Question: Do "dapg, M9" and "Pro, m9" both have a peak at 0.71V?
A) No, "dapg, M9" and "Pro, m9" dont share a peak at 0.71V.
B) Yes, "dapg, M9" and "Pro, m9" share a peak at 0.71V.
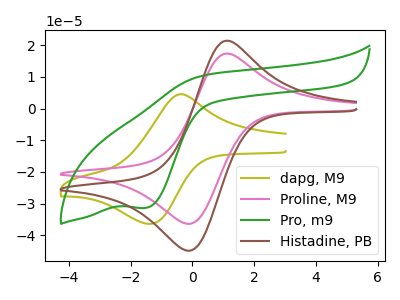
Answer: <think>The olive curve "dapg, M9" has an anodic peak at (-0.45V, 4.45uA) and a cathodic peak at (-1.35V, -36.40uA). The pink curve "Proline, M9" has an anodic peak at (1.05V, 17.35uA) and a cathodic peak at (-0.10V, -36.40uA). The green curve "Pro, m9" has a cathodic peak at: (-1.50V, -31.35uA). The brown curve "Histadine, PB" has an anodic peak at (1.05V, 21.40uA) and a cathodic peak at (-0.10V, -44.90uA).</think>
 <answer>A) No, "dapg, M9" and "Pro, m9" dont share a peak at 0.71V.</answer>
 <eval>A</eval>